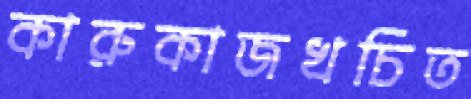
কারুকাজখচিত